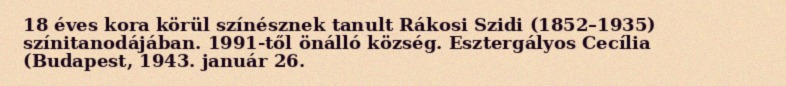
18 éves kora körül színésznek tanult Rákosi Szidi (1852–1935) színitanodájában. 1991-től önálló község. Esztergályos Cecília (Budapest, 1943. január 26.